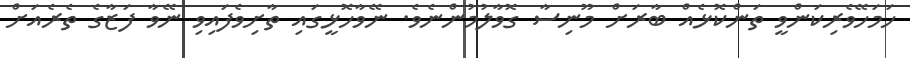
ހަމަހޭވެރިކަންވީ ތަންކޮޅެއް ބާރަށް މޫނިސާ ގޮވާލުމުންނެވެ. ނޭވާހޮޅީގައި ތާށިވެފައިވި ނޭވާ ފަޒާގެ ތެރެއަށް